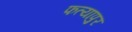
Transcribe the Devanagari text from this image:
फत्यापुर